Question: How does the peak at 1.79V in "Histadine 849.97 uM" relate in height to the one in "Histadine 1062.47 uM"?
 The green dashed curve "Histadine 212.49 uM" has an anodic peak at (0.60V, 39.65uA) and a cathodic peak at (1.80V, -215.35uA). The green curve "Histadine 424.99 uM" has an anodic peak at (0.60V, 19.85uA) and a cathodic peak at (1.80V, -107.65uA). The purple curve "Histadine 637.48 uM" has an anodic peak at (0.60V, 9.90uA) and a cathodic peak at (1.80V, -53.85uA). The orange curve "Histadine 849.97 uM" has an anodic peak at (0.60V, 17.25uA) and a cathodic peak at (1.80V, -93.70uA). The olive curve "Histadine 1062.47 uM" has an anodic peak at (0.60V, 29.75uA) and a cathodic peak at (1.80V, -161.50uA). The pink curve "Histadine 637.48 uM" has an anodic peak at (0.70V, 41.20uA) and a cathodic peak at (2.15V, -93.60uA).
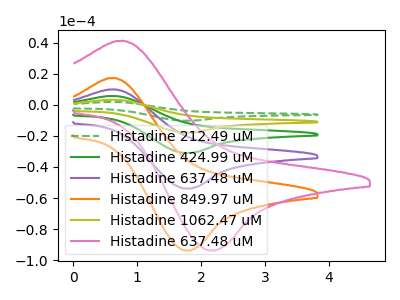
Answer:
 <answer>The peak at 1.79V is lower in "Histadine 849.97 uM" than in "Histadine 1062.47 uM".</answer>
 <eval>lower</eval>